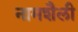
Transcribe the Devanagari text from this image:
नामशैली